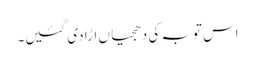
اس توبہ کی دھجیاں اڑا دی گئیں۔